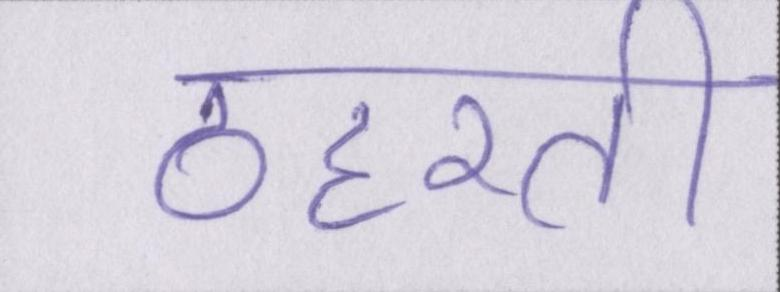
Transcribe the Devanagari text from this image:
ठहरती